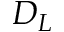
D _ { L }